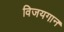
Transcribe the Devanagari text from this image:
विजयगान